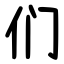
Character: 们